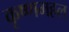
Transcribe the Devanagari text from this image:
कृष्णमहल